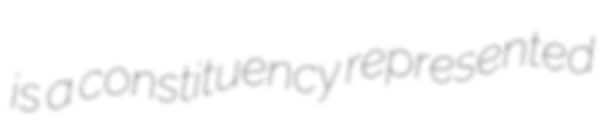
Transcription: is a constituency represented